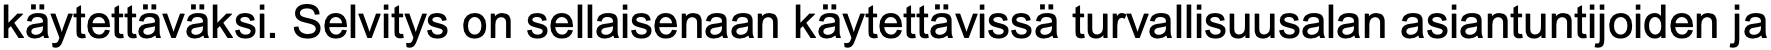
käytettäväksi. Selvitys on sellaisenaan käytettävissä turvallisuusalan asiantuntijoiden ja